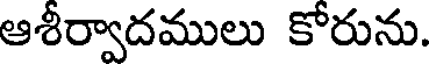
ఆశీర్వాదములు కోరును.